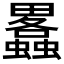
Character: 𤴂